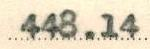
448.14